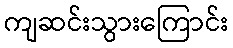
ကျဆင်းသွားကြောင်း